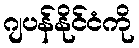
ဂျပန်နိုင်ငံကို